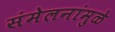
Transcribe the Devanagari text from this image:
संमेलनांमुळे